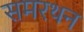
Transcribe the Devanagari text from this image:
समरथन